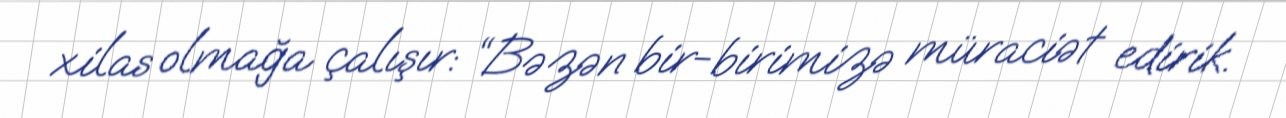
xilas olmağa çalışır: “Bəzən bir-birimizə müraciət edirik.